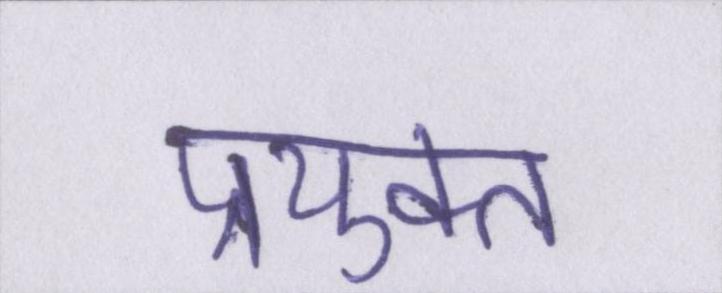
प्रयुक्त